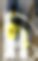
চি